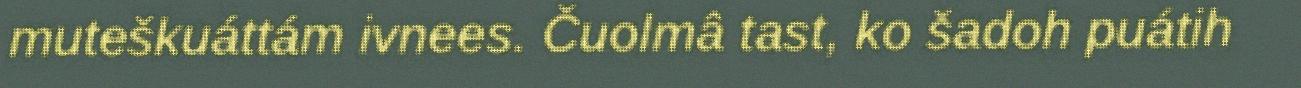
muteškuáttám ivnees. Čuolmâ tast, ko šadoh puátih